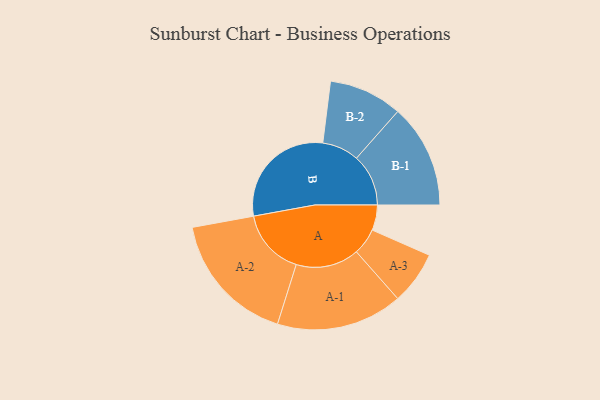
{"axis": {"x": "Segment", "y": "Value"}, "legend": ["", "A", "B"], "data": [{"x": "A", "y": 102, "type": ""}, {"x": "B", "y": 463, "type": ""}, {"x": "A-1", "y": 254, "type": "A"}, {"x": "A-2", "y": 268, "type": "A"}, {"x": "A-3", "y": 107, "type": "A"}, {"x": "B-1", "y": 209, "type": "B"}, {"x": "B-2", "y": 148, "type": "B"}]}